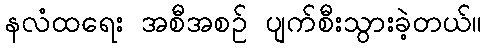
နလံထရေး အစီအစဉ် ပျက်စီးသွားခဲ့တယ်။